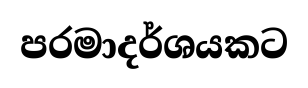
පරමාදර්ශයකට